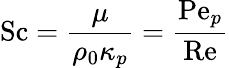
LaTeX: \mathrm{Sc}=\frac{\mu}{\rho_{0}\kappa_{p}}=\frac{\mathrm{Pe}_{p}}{\mathrm{Re}}